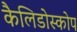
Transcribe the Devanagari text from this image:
कैलिडोस्कोप